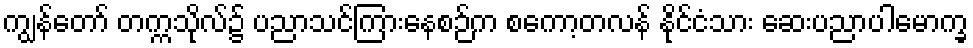
ကျွန်တော် တက္ကသိုလ်၌ ပညာသင်ကြားနေစဉ်က စကော့တလန် နိုင်ငံသား ဆေးပညာပါမောက္ခ